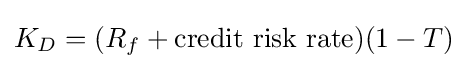
K_{D}=(R_{f}+{\text{credit risk rate}})(1-T)